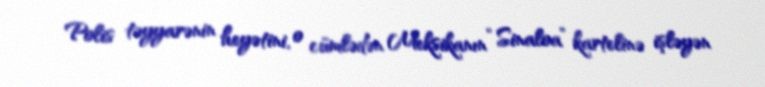
Polis təyyarənin heyətini, o cümlədən Meksikanın “Sinaloa” kartelinə işləyən